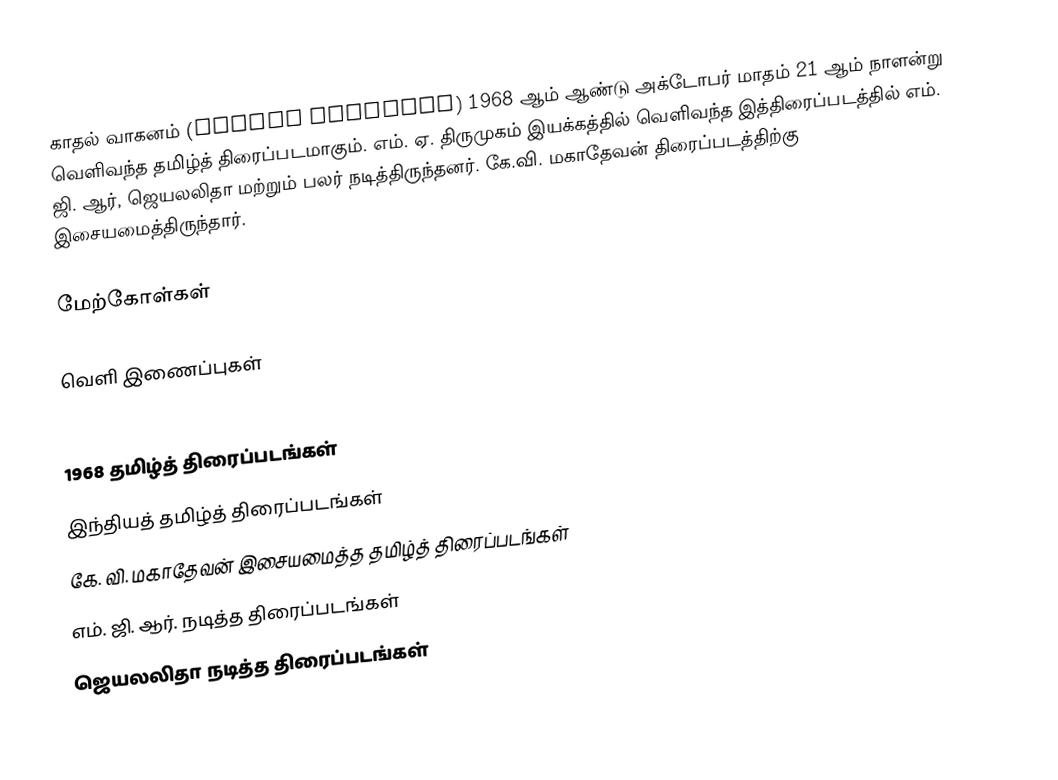
காதல் வாகனம் (Kadhal Vaaganam) 1968 ஆம் ஆண்டு அக்டோபர் மாதம் 21 ஆம் நாளன்று வெளிவந்த தமிழ்த் திரைப்படமாகும். எம். ஏ. திருமுகம் இயக்கத்தில் வெளிவந்த இத்திரைப்படத்தில் எம். ஜி. ஆர், ஜெயலலிதா மற்றும் பலர் நடித்திருந்தனர். கே.வி. மகாதேவன் திரைப்படத்திற்கு இசையமைத்திருந்தார்.

மேற்கோள்கள்

வெளி இணைப்புகள்

1968 தமிழ்த் திரைப்படங்கள்
இந்தியத் தமிழ்த் திரைப்படங்கள்
கே. வி. மகாதேவன் இசையமைத்த தமிழ்த் திரைப்படங்கள்
எம். ஜி. ஆர். நடித்த திரைப்படங்கள்
ஜெயலலிதா நடித்த திரைப்படங்கள்